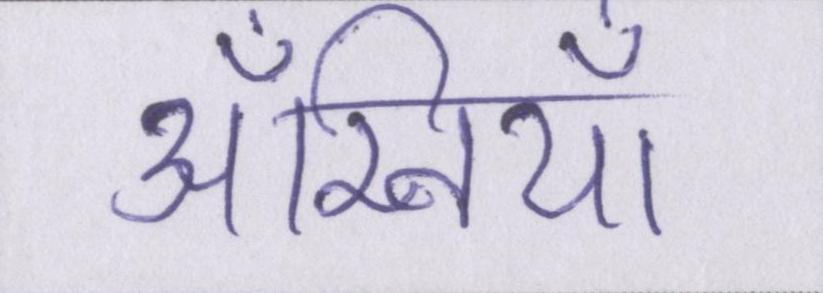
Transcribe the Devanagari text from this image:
अँखियाँ